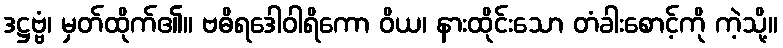
ဒဋ္ဌဗ္ဗံ၊ မှတ်ထိုက်၏။ ဗဓိရဒေါဝါရိကော ဝိယ၊ နားထိုင်းသော တံခါးစောင့်ကို ကဲ့သို့။